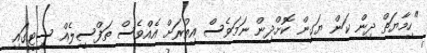
"ހިމާޔަތް ދިން ކަން ޔަގީން ކޮށްދިން ނަމަވެސް އިތުރަށް އެއްވެސް ތަފްސީލެއް ސިޓީގައި